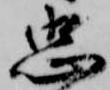
忠